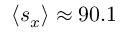
\left\langle s _ { x } \right\rangle \approx 9 0 . 1 \